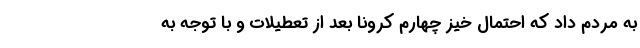
به مردم داد که احتمال خیز چهارم کرونا بعد از تعطیلات و با توجه به